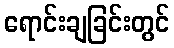
ရောင်းချခြင်းတွင်